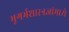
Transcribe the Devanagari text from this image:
भूगर्भशास्त्रज्ञांमध्ये